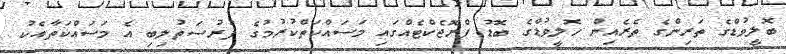
ބޮލީވުޑްގެ ތަރިންގެ ތެރެއިން ހޮލީވުޑްގެ ބޮޑު ޕްރޮޖެކްޓެއްގައި މަސައްކަތްކުރުމުގެ ފުރުސަތުލިބި އެ މަސައްކަތާއެކު